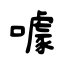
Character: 噱